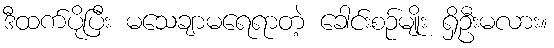
ဒီထက်ပိုပြီး မသေချာမရေရာတဲ့ ခေါင်းစဉ်မျိုး ရှိဦးမလား။